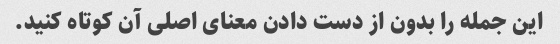
این جمله را بدون از دست دادن معنای اصلی آن کوتاه کنید.